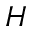
\boldsymbol { H }